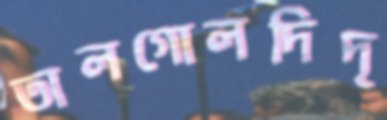
তালগোলদিদৃ